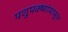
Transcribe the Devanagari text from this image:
पशुपक्ष्यांपासून